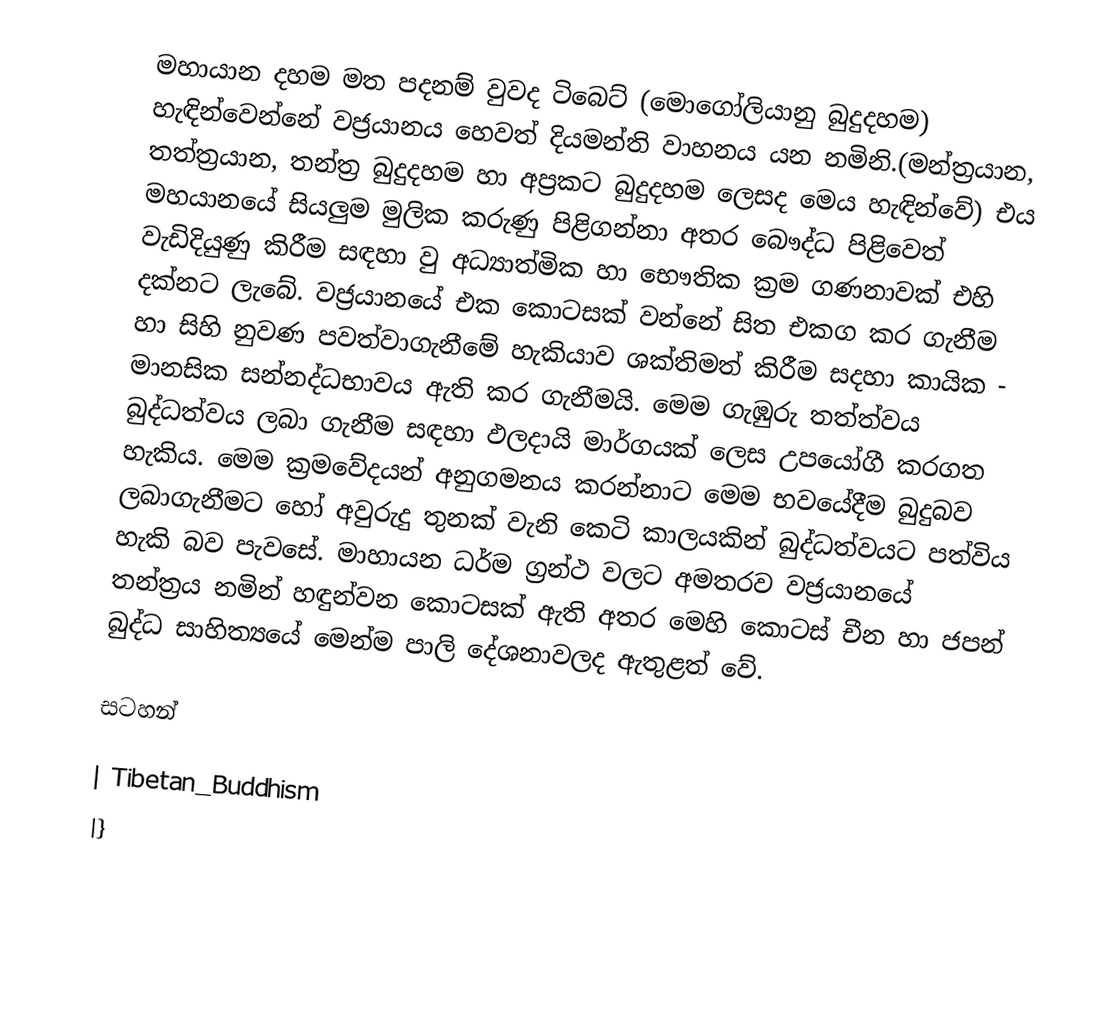
මහායාන දහම මත පදනම් වුවද ටිබෙට් (මොගෝලියානු බුදුදහම) හැඳින්වෙන්නේ වජ්‍රයානය හෙවත් දියමන්ති වාහනය යන නමිනි.(මන්ත්‍රයාන, තත්ත්‍රයාන, තන්ත්‍ර බුදුදහම හා අප්‍රකට බුදුදහම ලෙසද මෙය හැඳින්වේ) එය මහයානයේ සියලුම මුලික කරුණු පිළිගන්නා අතර බෞද්ධ පිළිවෙත් වැඩිදියුණු කිරීම සඳහා වු අධ්‍යාත්මික හා භෞතික ක්‍රම ගණනාවක් එහි දක්නට ලැබේ. වජ්‍රයානයේ එක කොටසක් වන්නේ සිත එකග කර ගැනීම හා සිහි නුවණ පවත්වාගැනීමේ හැකියාව ශක්තිමත් කිරීම සදහා කායික - මානසික සන්නද්ධභාවය ඇති කර ගැනීමයි. මෙම ගැඹුරු තත්ත්වය බුද්ධත්වය ලබා ගැනීම සඳහා ඵලදායි මාර්ගයක් ලෙස උපයෝගී කරගත හැකිය. මෙම ක්‍රමවේදයන් අනුගමනය කරන්නාට මෙම භවයේදීම බුදුබව ලබාගැනීමට හෝ අවුරුදු තුනක් වැනි කෙටි කාලයකින් බුද්ධත්වයට පත්විය හැකි බව පැවසේ. මාහායන ධර්ම ග්‍රන්ථ වලට අමතරව වජ්‍රයානයේ තන්ත්‍රය නමින් හඳුන්වන කොටසක් ඇති අතර මෙහි කොටස් චීන හා ජපන් බුද්ධ සාහිත්‍යයේ මෙන්ම පාලි දේශනාවලද ඇතුළත් වේ.

සටහන්

| Tibetan_Buddhism
|}